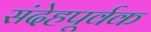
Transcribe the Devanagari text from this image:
संदेहपूर्वक